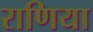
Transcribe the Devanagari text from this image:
राणिया